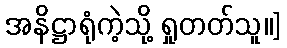
အနိဋ္ဌာရုံကဲ့သို့ ရှုတတ်သူ။]